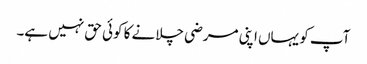
آپ کو یہاں اپنی مرضی چلانے کا کوئی حق نہیں ہے۔